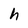
Character: h